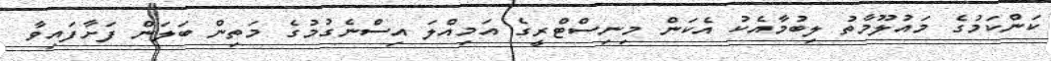
ކަންކަމުގެ މައުލޫމާތު ލިބުމާއެކު އެކަން މިނިސްޓްރީގެ އަމިއްލަ އިސްނެގުމުގެ މަތިން ބަލަން ފަށާފައިވާ